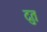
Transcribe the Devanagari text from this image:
दुत